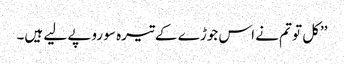
’’کل تو تم نے اس جوڑے کے تیرہ سو روپے لیے ہیں۔